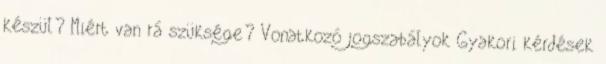
készül? Miért van rá szüksége? Vonatkozó jogszabályok Gyakori kérdések